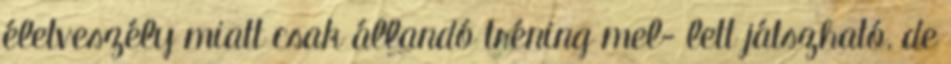
életveszély miatt csak állandó tréning mel- lett játszható, de